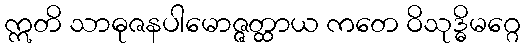
ဣတိ သာဓုဇနပါမောဇ္ဇတ္ထာယ ကတေ ဝိသုဒ္ဓိမဂ္ဂေ